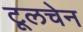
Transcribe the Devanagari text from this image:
टूलचेन